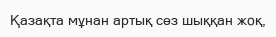
Қазақта мұнан артық сөз шыққан жоқ,